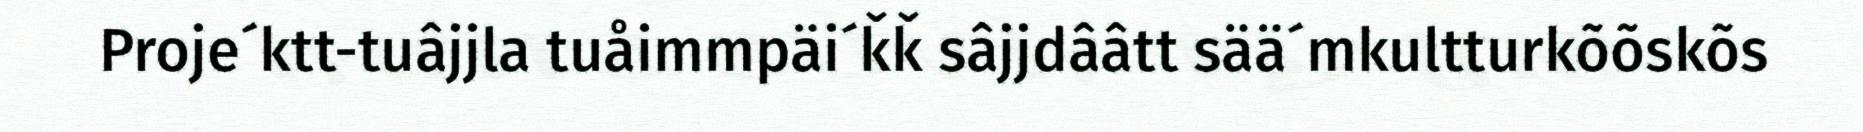
Proje´ktt-tuâjjla tuåimmpäi´ǩǩ sâjjdââtt sää´mkultturkõõskõs